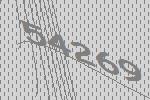
54269